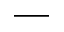
\_